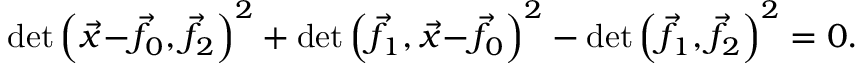
\operatorname* { d e t } { \left( { \vec { x } } \! - \! { \vec { f } } \! _ { 0 } , { \vec { f } } \! _ { 2 } \right) ^ { 2 } } + \operatorname* { d e t } { \left( { \vec { f } } \! _ { 1 } , { \vec { x } } \! - \! { \vec { f } } \! _ { 0 } \right) ^ { 2 } } - \operatorname* { d e t } { \left( { \vec { f } } \! _ { 1 } , { \vec { f } } \! _ { 2 } \right) ^ { 2 } } = 0 .